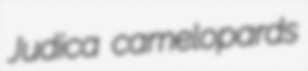
Judica camelopards